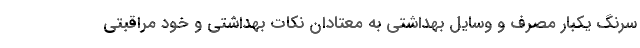
سرنگ یکبار مصرف و وسایل بهداشتی به معتادان نکات بهداشتی و خود مراقبتی